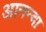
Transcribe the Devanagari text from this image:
आनन्दा